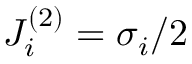
J _ { i } ^ { ( 2 ) } = \sigma _ { i } / 2